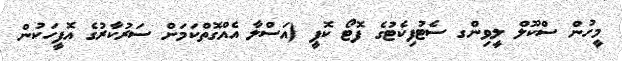
މީހުން ސްކޫލް ލީވިންގ ސެޓުފިކެޓުގެ ފޮޓޯ ކޮޕީ (އަސްލާ އެއްގޮތްކަމަށް ސަރުކާރުގެ އޮފީހަކުން